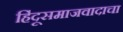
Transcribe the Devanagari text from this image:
हिंदूसमाजवादाचा